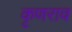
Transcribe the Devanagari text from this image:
कृणराव